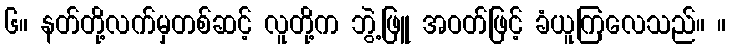
၆။ နတ်တို့လက်မှတစ်ဆင့် လူတို့က ဘွဲ့ဖြူ အဝတ်ဖြင့် ခံယူကြလေသည်။ ။